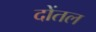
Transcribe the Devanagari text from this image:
दोंतल